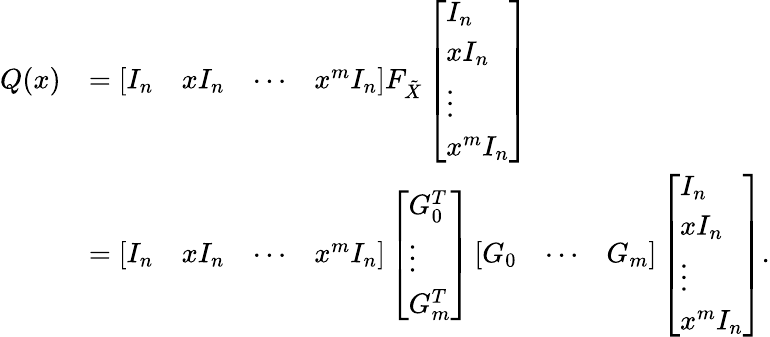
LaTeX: \begin{array}{rl}{Q(x)}&{=\left[\begin{array}{llll}{I_{n}}&{xI_{n}}&{\cdots}&{x^{m}I_{n}}\end{array}\right]F_{\tilde{X}}\left[\begin{array}{l}{I_{n}}\\ {xI_{n}}\\ {\vdots}\\ {x^{m}I_{n}}\end{array}\right]}\\ &{=\left[\begin{array}{llll}{I_{n}}&{xI_{n}}&{\cdots}&{x^{m}I_{n}}\end{array}\right]\left[\begin{array}{l}{G_{0}^{T}}\\ {\vdots}\\ {G_{m}^{T}}\end{array}\right]\left[\begin{array}{lll}{G_{0}}&{\cdots}&{G_{m}}\end{array}\right]\left[\begin{array}{l}{I_{n}}\\ {xI_{n}}\\ {\vdots}\\ {x^{m}I_{n}}\end{array}\right].}\end{array}